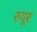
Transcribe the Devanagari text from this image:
रुपूर